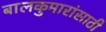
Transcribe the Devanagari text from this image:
बालकुमारांसाठी